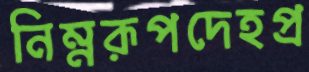
নিম্নরূপদেহপ্র